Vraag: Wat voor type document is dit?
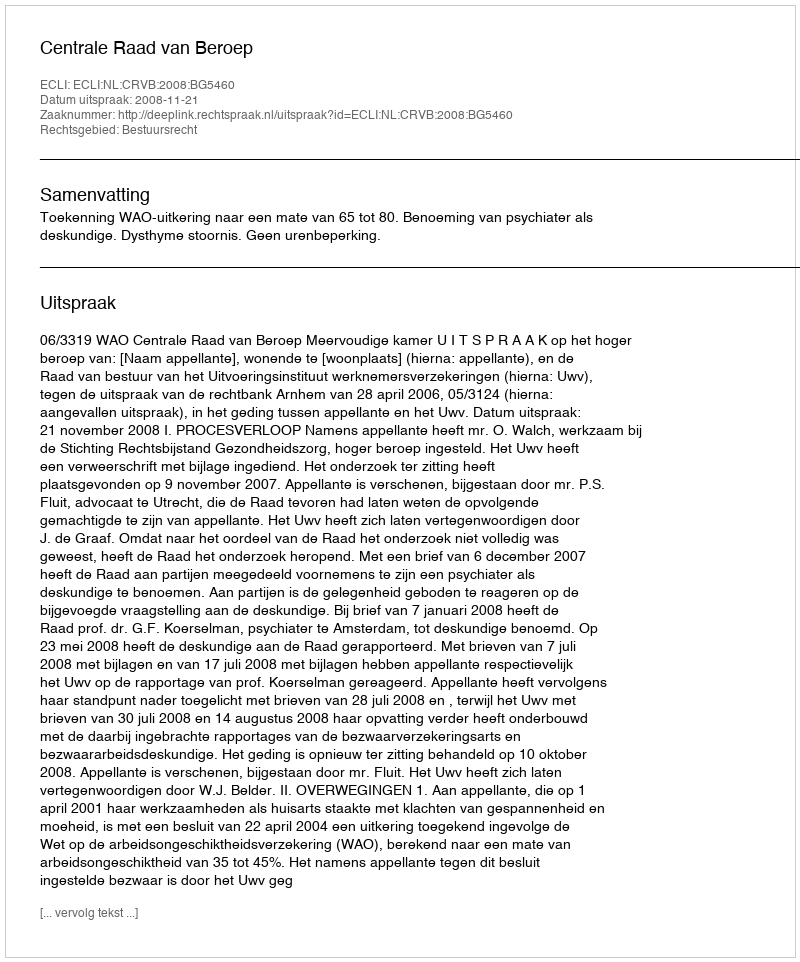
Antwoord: Uitspraak